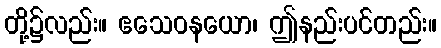
တို့၌လည်း။ ဧသေဝနယော၊ ဤနည်းပင်တည်း။